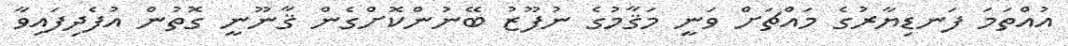
އުއްތަމަ ފަނޑިޔާރުގެ މައްޗަށް ވަނީ މަޤާމުގެ ނުފޫޒު ބޭނުންކޮށްގެން ޤާނޫނީ ގޮތުން އުފެދިފައިވާ